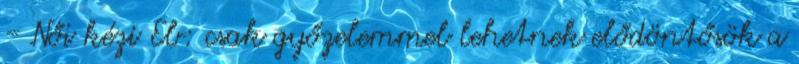
- Női kézi Eb: csak győzelemmel lehetnek elődöntősök a